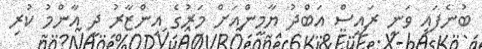
ބުނެފައި ވަނީ ރައީސް އަބްދު ޔާމީންއަށް މަރުގެ އިންޒާރު ދީ އާންމު ކުރި